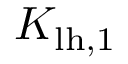
K _ { \ensuremath { \mathrm { l h } } , 1 }